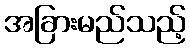
အခြားမည်သည့်